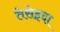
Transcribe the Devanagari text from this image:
तेसेइदा